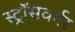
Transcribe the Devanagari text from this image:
स्ट्रॉसवर्गर